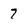
Character: 7